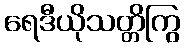
ရေဒီယိုသတ္တိကြွ